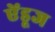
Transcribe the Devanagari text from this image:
ऐंडूज